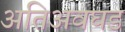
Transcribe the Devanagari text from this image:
अतिअवघड